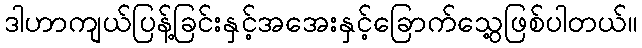
ဒါဟာကျယ်ပြန့်ခြင်းနှင့်အအေးနှင့်ခြောက်သွေ့ဖြစ်ပါတယ်။